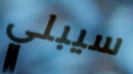
سيبلي